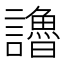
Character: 𧭷